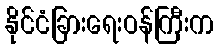
နိုင်ငံခြားရေးဝန်ကြီးက